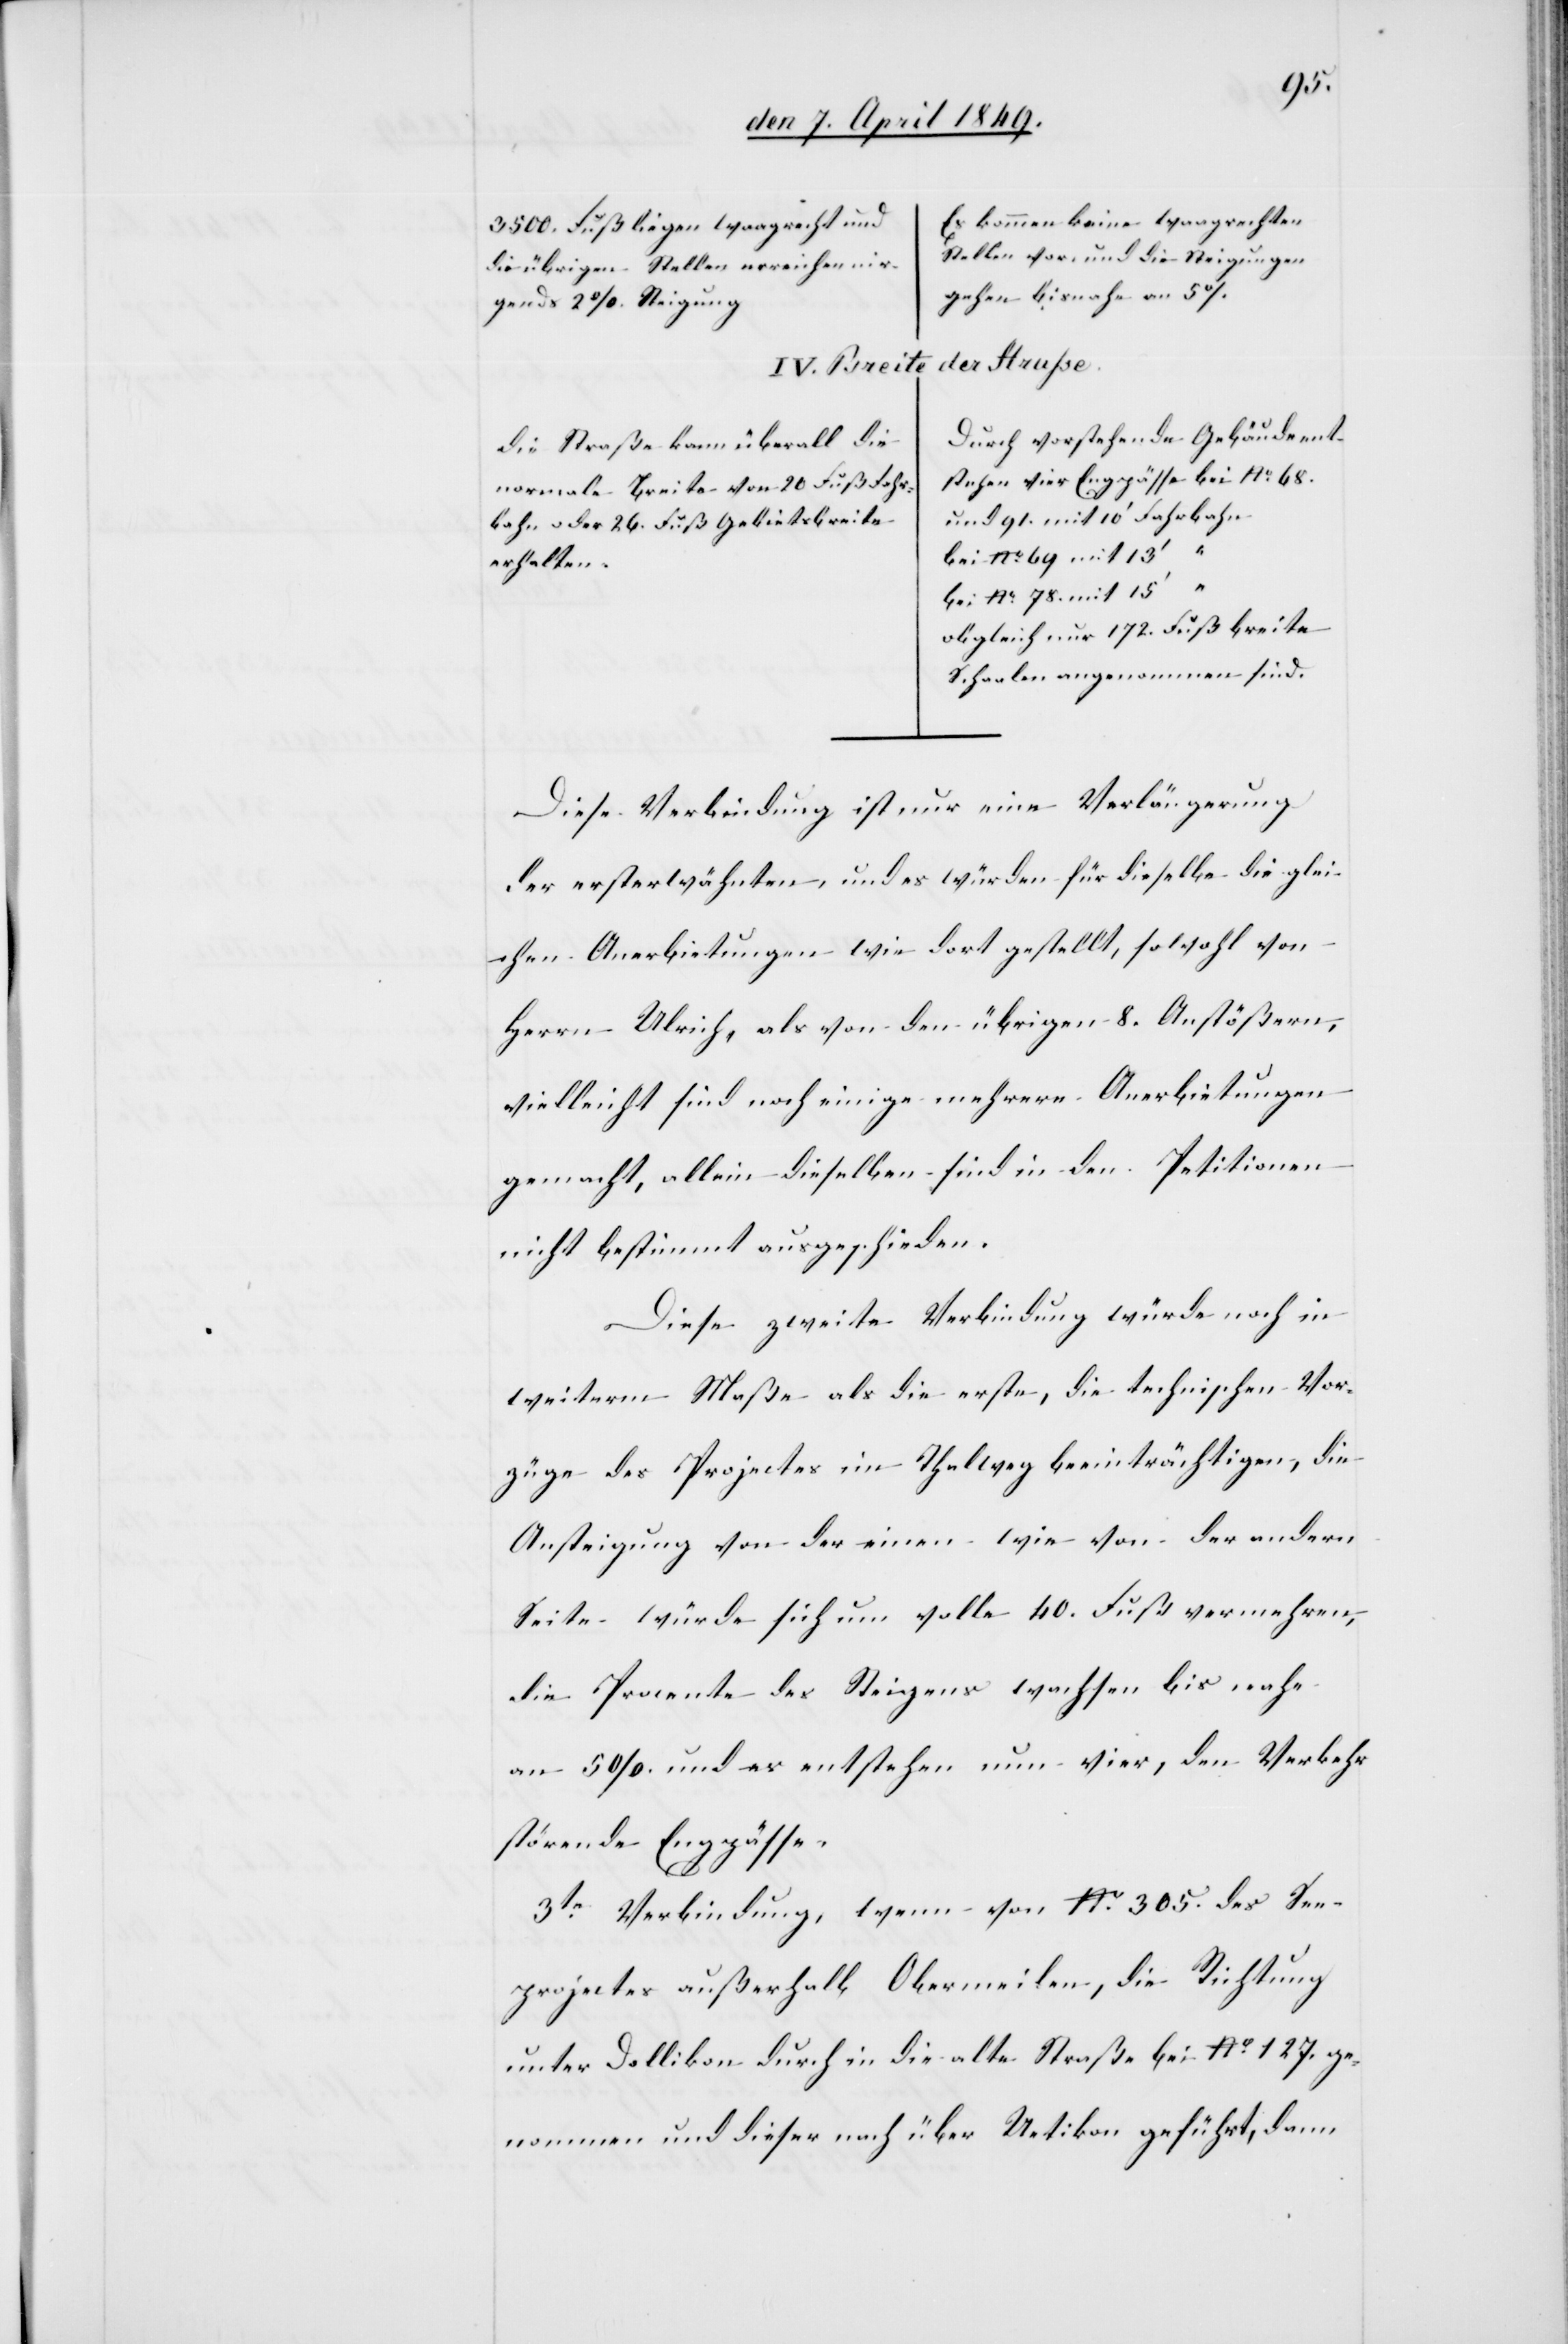
68.
Es können keine waagrechten
3500. Fuß liegen waagrecht und
gehen bis nahe an 5
gends 2 % Steigung
der Strasse.
IV. Breite
Durch vorstehende Gebäude ents¬
Die Straße kann überall die
und 91. mit 10‘ Fahrbahn
bahn oder 26. Fuß Gebietsbreite
20
Bei No 69. mit 13‘
erhalten.
Bei No 78. mit 15‘
obgleich nur 172. Fuß Breite
Schaalen angenommen sind.
Diese Verbindung ist nur eine Verlängerung
der ersterwähnten, und es würden für dieselbe die glei¬
chen Anerbietungen wie dort gestellt, sowohl von
Herrn Ulrich, als von den übrigen 8. Anstößern,
vielleicht sind noch einige mehrere Anerbietungen
gemacht, allein dieselben sind in den Petitionen
nicht bestimmt ausgeschieden.
Diese zweite Verbindung würde noch in
weiterm Maße als die erste, die technischen Vor¬
züge des Projectes im Thalweg beeinträchtigen, die
Ansteigung von der einen wie von der andern
Seite würde sich um volle 40. Fuß vermehren,
die Procente des Steigens wachsen bis nahe
an 5 % und es entstehen nun vier, den Verkehr
störende Engpässe.
3te Verbindung, wenn von No 305. des See¬
projectes außerhalb Obermeilen, die Richtung
unter Dollikon durch in die alte Straße bei No 127.
genommen und dieser nach über Uetikon geführt, dann